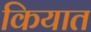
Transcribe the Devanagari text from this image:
कियात